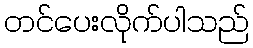
တင်ပေးလိုက်ပါသည်